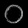
Digit: ၀